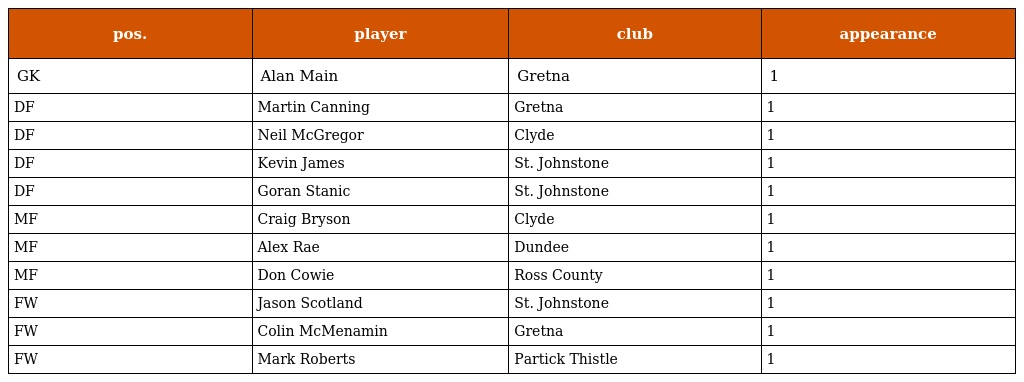
| pos. | player | club | appearance |
 | --- | --- | --- | --- |
 | GK | Alan Main | Gretna | 1 |
 | DF | Martin Canning | Gretna | 1 |
 | DF | Neil McGregor | Clyde | 1 |
 | DF | Kevin James | St. Johnstone | 1 |
 | DF | Goran Stanic | St. Johnstone | 1 |
 | MF | Craig Bryson | Clyde | 1 |
 | MF | Alex Rae | Dundee | 1 |
 | MF | Don Cowie | Ross County | 1 |
 | FW | Jason Scotland | St. Johnstone | 1 |
 | FW | Colin McMenamin | Gretna | 1 |
 | FW | Mark Roberts | Partick Thistle | 1 |